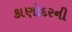
કાણોદરની